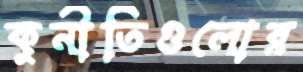
কুনীতিগুলোর